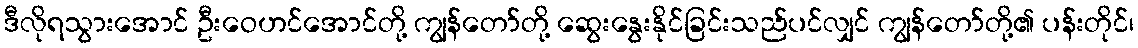
ဒီလိုရသွားအောင် ဦးဝေဟင်အောင်တို့ ကျွန်တော်တို့ ဆွေးနွေးနိုင်ခြင်းသည်ပင်လျှင် ကျွန်တော်တို့၏ ပန်းတိုင်၊